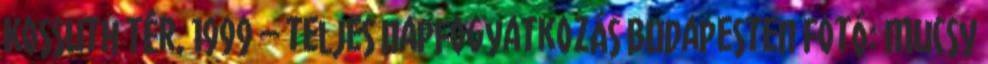
Kossuth tér, 1999 – teljes napfogyatkozás Budapesten Fotó: Mucsy